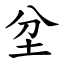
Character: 坌